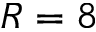
R = 8